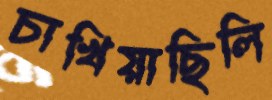
চাখিয়াছিলি